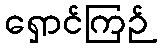
ရှောင်ကြဉ်